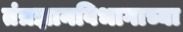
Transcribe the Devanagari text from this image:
तंत्रज्ञानविभागाच्या